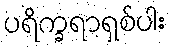
ပရိက္ခရာရှစ်ပါး